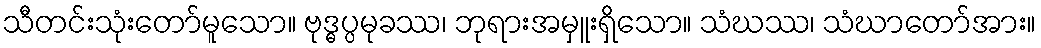
သီတင်းသုံးတော်မူသော။ ဗုဒ္ဓပ္ပမုခဿ၊ ဘုရားအမှူးရှိသော။ သံဃဿ၊ သံဃာတော်အား။